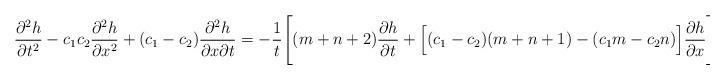
LaTeX: \begin{align*}\frac{\partial^2 h}{\partial t^2} -c_1c_2\frac{\partial^2 h}{\partial x^2} + (c_1-c_2)\frac{\partial^2 h}{\partial x\partial t} =-\frac{1}{t}\Biggl[(m+n+2)\frac{\partial h}{\partial t} +\Bigl[ (c_1-c_2)(m+n+1)-(c_1m-c_2n) \Bigr]\frac{\partial h}{\partial x} \Biggr]\end{align*}